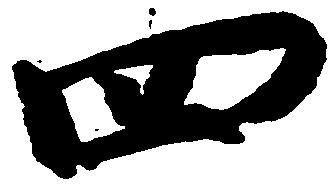
四